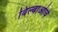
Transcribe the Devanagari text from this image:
बिल्बाओचे